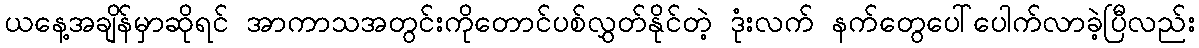
ယနေ့အချိန်မှာဆိုရင် အာကာသအတွင်းကိုတောင်ပစ်လွှတ်နိုင်တဲ့ ဒုံးလက် နက်တွေပေါ်ပေါက်လာခဲ့ပြီလည်း